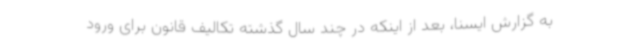
به گزارش ایسنا، بعد از اینکه در چند سال گذشته تکالیف قانون برای ورود